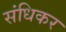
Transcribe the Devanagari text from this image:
संधिकर